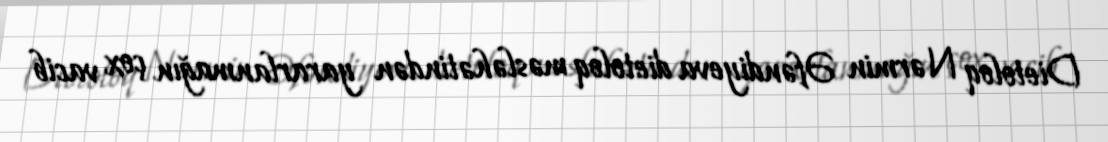
Dietoloq Nərmin Əfəndiyeva dietoloq məsləhətindən yararlanmağın çox vacib